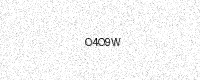
Text: O4O9W